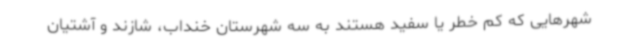
شهرهایی که کم خطر یا سفید هستند به سه شهرستان خنداب، شازند و آشتیان